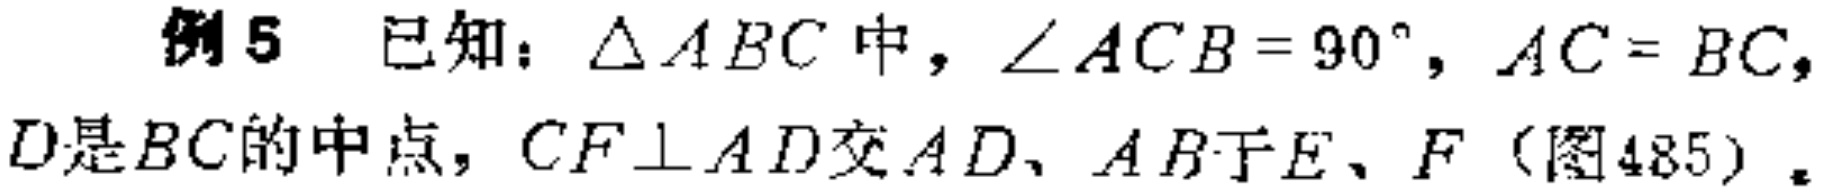
例5 已知：$\triangle ABC$中，$\angle ACB = 90^{\circ}$，$AC = BC$，$D$是$BC$的中点，$CF\perp AD$交$AD$、$AB$于$E$、$F$（图485）。